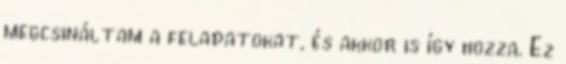
megcsináltam a feladatokat, és akkor is így hozza. Ez